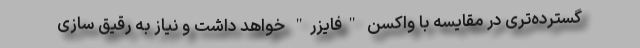
گسترده‌تری در مقایسه با واکسن "فایزر" خواهد داشت و نیاز به رقیق سازی